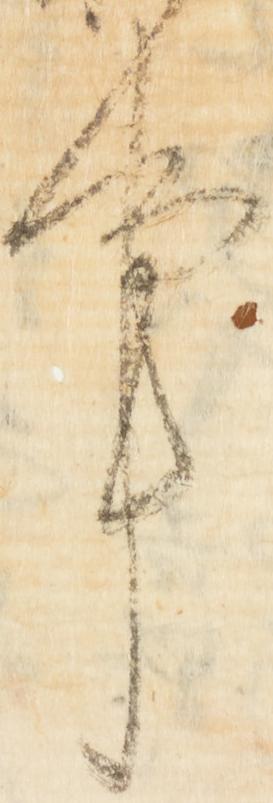
事